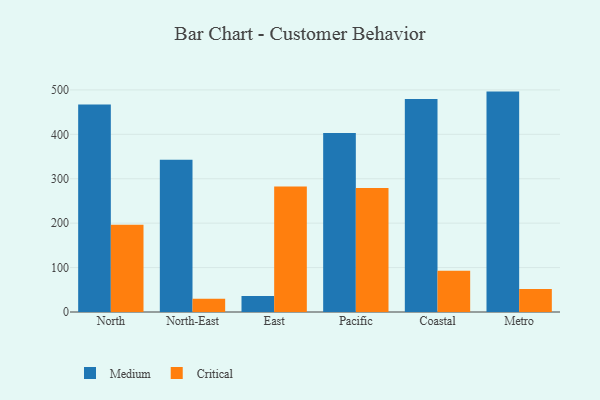
{"axis": {"x": "Region", "y": "Gross Profit (USD K)"}, "legend": ["Critical", "Medium"], "data": [{"x": "North", "y": 467.4, "type": "Medium"}, {"x": "North", "y": 196.6, "type": "Critical"}, {"x": "North-East", "y": 342.9, "type": "Medium"}, {"x": "North-East", "y": 30.1, "type": "Critical"}, {"x": "East", "y": 35.9, "type": "Medium"}, {"x": "East", "y": 282.6, "type": "Critical"}, {"x": "Pacific", "y": 403.0, "type": "Medium"}, {"x": "Pacific", "y": 279.0, "type": "Critical"}, {"x": "Coastal", "y": 479.3, "type": "Medium"}, {"x": "Coastal", "y": 93.0, "type": "Critical"}, {"x": "Metro", "y": 496.2, "type": "Medium"}, {"x": "Metro", "y": 51.6, "type": "Critical"}]}